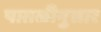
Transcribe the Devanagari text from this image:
पातळीनुसार